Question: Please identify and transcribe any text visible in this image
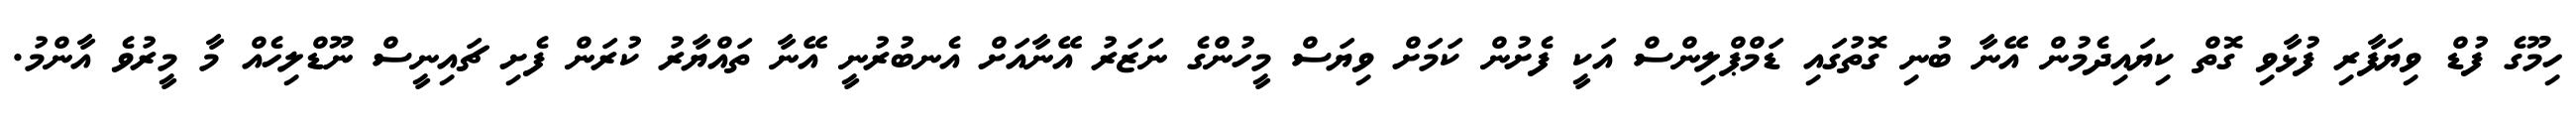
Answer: ހިމޫގެ ފުޑް ވިޔަފާރި ފުޅާވި ގޮތް ކިޔައިދެމުން އޭނާ ބުނި ގޮތުގައި ޑަމްޕްލިންސް އަކީ ފެށުން ކަމަށް ވިޔަސް މީހުންގެ ނަޒަރު އޭނާއަށް އެނބުރުނީ އޭނާ ތައްޔާރު ކުރަން ފެށި ޗައިނީސް ނޫޑްލިހެއް މާ މީރުވެ އާންމު.